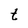
Character: t